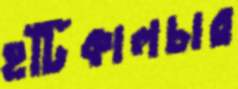
হর্টিকালচার